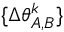
\{ \Delta \theta _ { A , B } ^ { k } \}